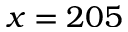
x = 2 0 5